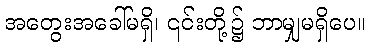
အတွေးအခေါ်မရှိ၊ ၎င်းတို့၌ ဘာမျှမရှိပေ။